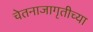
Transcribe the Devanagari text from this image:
चेतनाजागृतीच्या